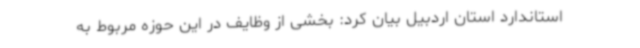
استاندارد استان اردبیل بیان کرد: بخشی از وظایف در این حوزه مربوط به